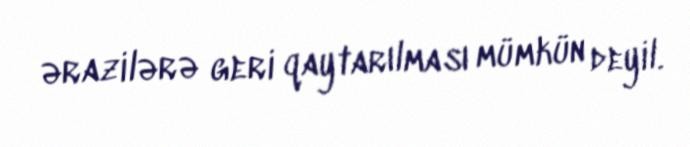
ərazilərə geri qaytarılması mümkün deyil.